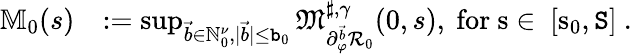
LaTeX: \begin{array}{rl}{\mathbb{M}_{0}(s)}&{:=\operatorname*{sup}_{\vec{b}\in\mathbb{N}_{0}^{\nu},|\vec{b}|\le\mathtt{b}_{0}}\mathfrak{M}_{\partial_{\varphi}^{\vec{b}}\mathcal{R}_{0}}^{\sharp,\gamma}(0,s),\mathrm{~for~s\in~[s_0,\mathtt{S}]~.}}\end{array}